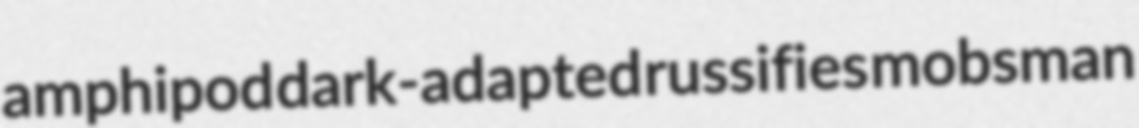
amphipod dark-adapted russifies mobsman